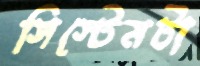
সিস্টেমটা